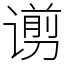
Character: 谫